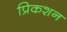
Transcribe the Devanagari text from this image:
प्रिकशन